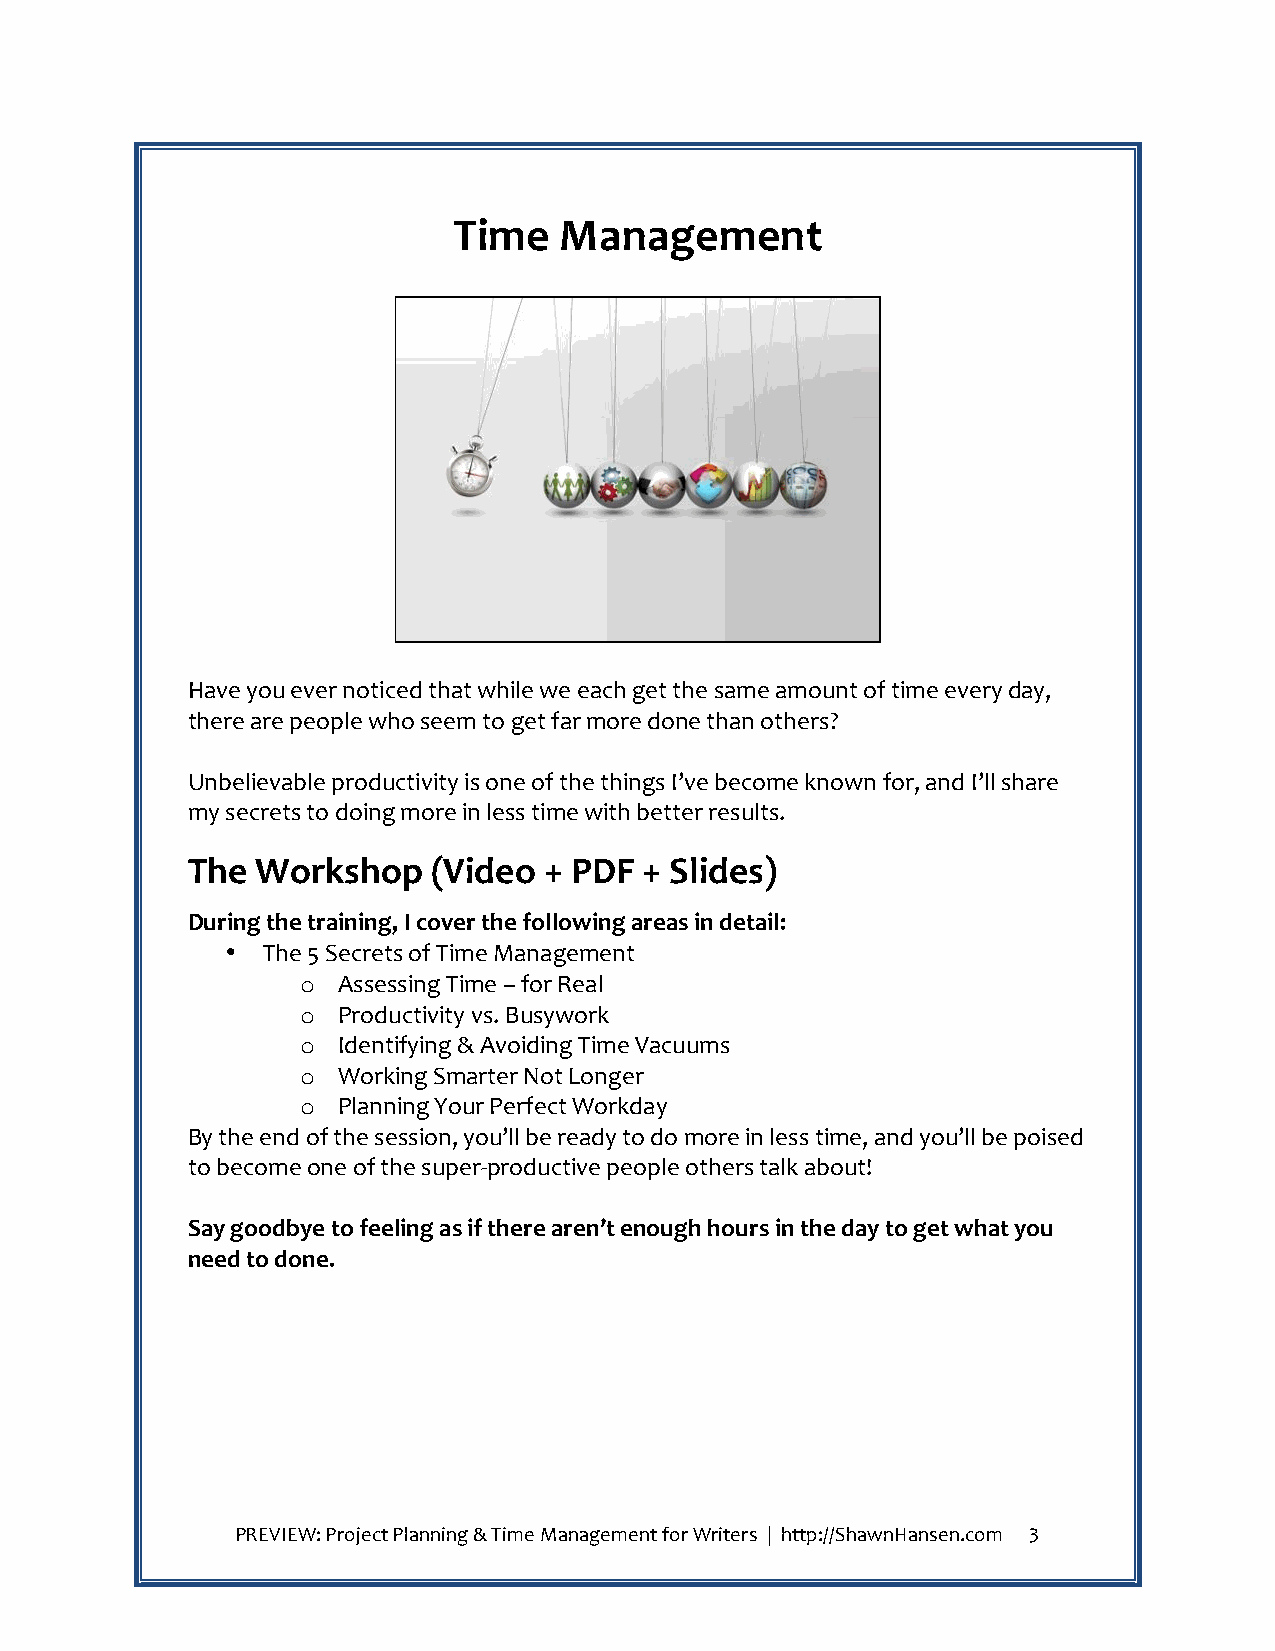
!
 Time!Management!
 !
 !
 !
 Have!you!ever!noticed!that!while!we!each!get!the!same!amount!of!time!every!day,!
 there!are!people!who!seem!to!get!far!more!done!than!others?!!!
 !
 Unbelievable!productivity!is!one!of!the!things!I’ve!become!known!for,!and!I’ll!share!
 my!secrets!to!doing!more!in!less!time!with!better!results.!
 The!Workshop!(Video!+!PDF!+!Slides)!
 During!the!training,!I!cover!the!following!areas!in!detail:!
 • The!5!Secrets!of!Time!Management!
 o Assessing!Time!–!for!Real!
 o Productivity!vs.!Busywork!
 o Identifying!&!Avoiding!Time!Vacuums!
 o Working!Smarter!Not!Longer!
 o Planning!Your!Perfect!Workday!
 By!the!end!of!the!session,!you’ll!be!ready!to!do!more!in!less!time,!and!you’ll!be!poised!
 to!become!one!of!the!superZproductive!people!others!talk!about!!
 !
 Say!goodbye!to!feeling!as!if!there!aren’t!enough!hours!in!the!day!to!get!what!you!
 need!to!done.!
 !                   !
 PREVIEW:!Project!Planning!&!Time!Management!for!Writers!!|!!http://ShawnHansen.com! 3!
 !